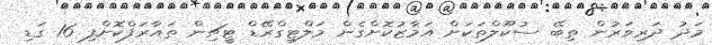
މަދު ދަރިވަރުން ތިބޭ ސުކޫލްތަކަށް އަމާޒުކޮށްގެން މަލްޓިގްރޭޑް ޓީޗިން ތައާރަފްކޮށްފި 16 ގަޑި